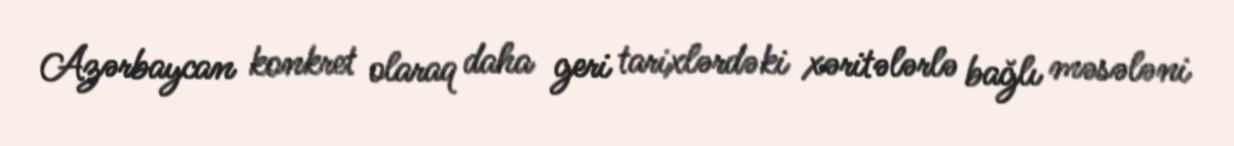
Azərbaycan konkret olaraq daha geri tarixlərdəki xəritələrlə bağlı məsələni